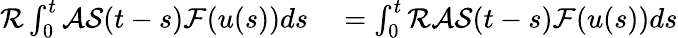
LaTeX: \begin{array}{rl}{\mathcal{R}\int_{0}^{t}\mathcal{A}\mathcal{S}(t-s)\mathcal{F}(u(s))ds}&{{}=\int_{0}^{t}\mathcal{R}\mathcal{A}\mathcal{S}(t-s)\mathcal{F}(u(s))ds}\end{array}